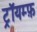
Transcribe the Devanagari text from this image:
ट्रॉयम्फ़